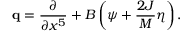
{ \bf q } = { \frac { \partial } { \partial x ^ { 5 } } } + B \left( \psi + { \frac { 2 J } { M } } \eta \right) .